Vaccination in Bombay 1869-1873 - 1869-1873
Year: 1869
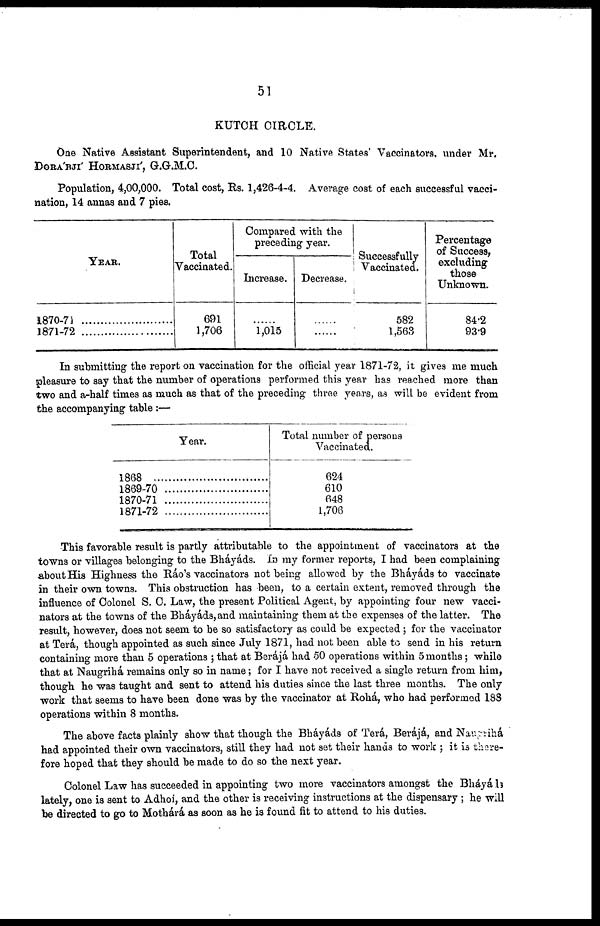
51
KUTCH CIRCLE.
One Native Assistant Superintendent, and 10 Native States' Vaccinators. under Mr,
DORA'RJI' HORMASJI, G.G.M.C.
Population, 4,00,000. Total cost, Rs. 1,426-4-4. Average cost of each successful vacci-
nation, 14 annas and 7 pies.
YEAR.
1870-71..........
1871-72..........
Total
Vaccinated.
691
1,706
Compared with the
preceding year.
Increase.
......
1,015
Decrease.
......
......
Successfully
Vaccinated.
582
1,563
Percentage
of Success,
excluding
those
Unknown.
84.2
93.9
In submitting the report on vaccination for the official year 1871-72, it gives me much
pleasure to say that the number of operations performed this year has reached more than
two and a-half times as much as that of the preceding three years, as will be evident from
the accompanying table :—
Year.
1868
1869-70
1870-71
1871-72
Total number of persons
Vaccinated.
624
610
648
1,706
This favorable result is partly attributable to the appointment of vaccinators at the
towns or villages belonging to the Bháyáds. In my former reports, I had been complaining
about His Highness the Ráo's vaccinators not being allowed by the Bháyáds to vaccinate
in their own towns. This obstruction has been, to a certain extent, removed through the
influence of Colonel S. C. Law, the present Political Agent, by appointing four new vacci-
nators at the towns of the Bháyáds, and maintaining them at the expenses of the latter. The
result, however, does not seem to be so satisfactory as could be expected ; for the vaccinator
at Terá, though appointed as such since July 1871, had not been able to send in his return
containing more than 5 operations ; that at Berájá had 50 operations within 5 months; while
that at Naugrihá remains only so in name; for I have not received a single return from him,
though he was taught and sent to attend his duties since the last three months. The only
work that seems to have been done was by the vaccinator at Rohá, who had performed 188
operations within 8 months.
The above facts plainly show that though the Bháyáds of Terá, Berájá, and Naugrihá
had appointed their own vaccinators, still they had not set their hands to work ; it is there-
fore hoped that they should be made to do so the next year.
Colonel Law has succeeded in appointing two more vaccinators amongst the Bháyáds
lately, one is sent to Adhoí, and the other is receiving instructions at the dispensary ; he will
be directed to go to Mothárá as soon as he is found fit to attend to his duties.